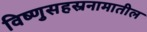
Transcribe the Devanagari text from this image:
विष्णुसहस्रनामातील